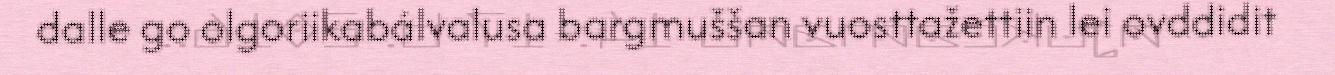
dalle go olgoriikabálvalusa bargmuššan vuosttažettiin lei ovddidit